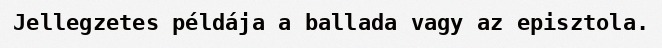
Jellegzetes példája a ballada vagy az episztola.